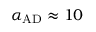
\alpha _ { \mathrm { A D } } \approx 1 0